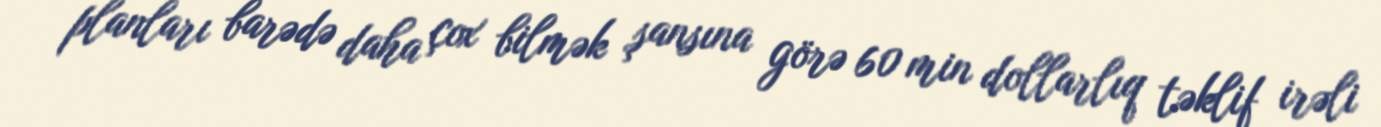
planları barədə daha çox bilmək şansına görə 60 min dollarlıq təklif irəli